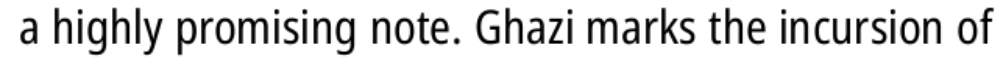
a highly promising note. Ghazi marks the incursion of